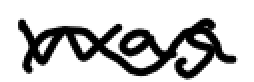
Text: was
Cross-out: wave
Writing tool: digital_black